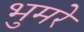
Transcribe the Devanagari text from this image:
भुमरे